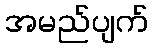
အမည်ပျက်